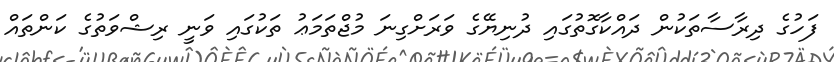
ފަހުގެ ދިރާސާތަކުން ދައްކާގޮތުގައި ދުނިޔޭގެ ވަރަށްގިނަ މުޖްތަމަޢު ތަކުގައި ވަނީ ރިޝްވަތުގެ ކަންތައް